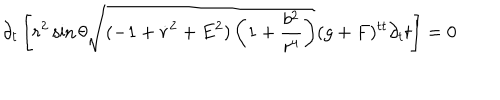
LaTeX: \partial _ { t } \left[ r ^ { 2 } \sin \theta \sqrt { ( - 1 + \dot { r } ^ { 2 } + E ^ { 2 } ) \left( 1 + \frac { b ^ { 2 } } { r ^ { 4 } } \right) } ( g + F ) ^ { t t } \partial _ { t } t \right] = 0